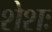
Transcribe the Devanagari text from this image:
शेशः